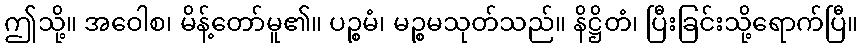
ဤသို့။ အဝေါစ၊ မိန့်တော်မူ၏။ ပဉ္စမံ၊ မဉ္စမသုတ်သည်။ နိဋ္ဌိတံ၊ ပြီးခြင်းသို့ရောက်ပြီ။